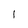
Character: I